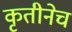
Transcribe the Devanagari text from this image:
कृतीनेच